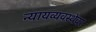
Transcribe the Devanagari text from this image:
न्यायव्यवस्थेवर